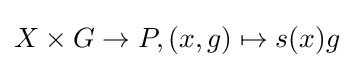
X\times G\to P,(x,g)\mapsto s(x)g